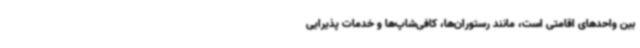
بین واحدهای اقامتی است، مانند رستوران‌ها، کافی‌شاپ‌ها و خدمات پذیرایی